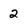
Character: 2